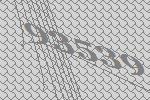
93539